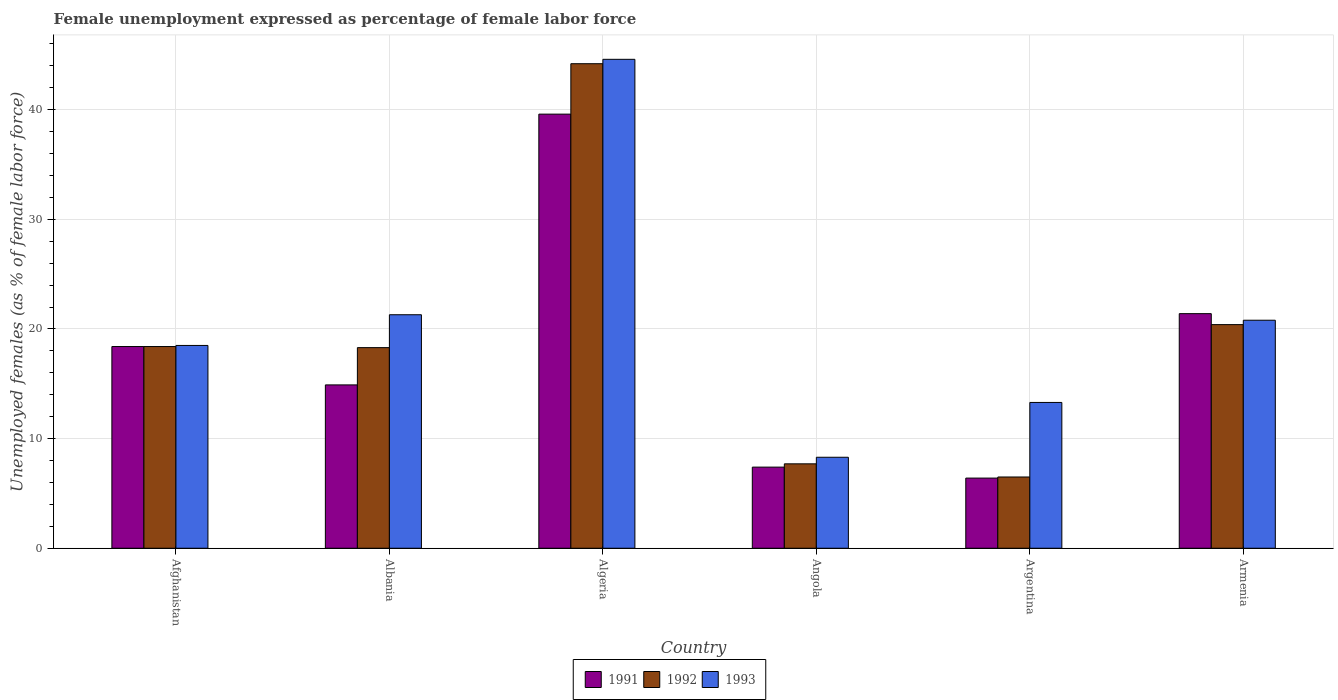
| Country | 1991 | 1992 | 1993 |
 | --- | --- | --- | --- |
 | Afghanistan | 18.4 | 18.4 | 18.5 |
 | Albania | 14.9 | 18.3 | 21.3 |
 | Algeria | 39.6 | 44.2 | 44.6 |
 | Angola | 7.4 | 7.7 | 8.3 |
 | Argentina | 6.4 | 6.5 | 13.3 |
 | Armenia | 21.4 | 20.4 | 20.8 |